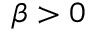
\beta > 0